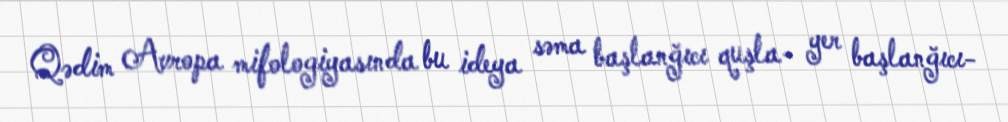
Qədim Avropa mifologiyasında bu ideya səma başlanğıcı quşla- yer başlanğıcı-